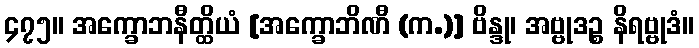
၄၇၅။ အက္ခောဘနီတ္ထိယံ [အက္ခောဘိဏီ (က.)] ဗိန္ဒု၊ အဗ္ဗုဒဉ္စ နိရဗ္ဗုဒံ။